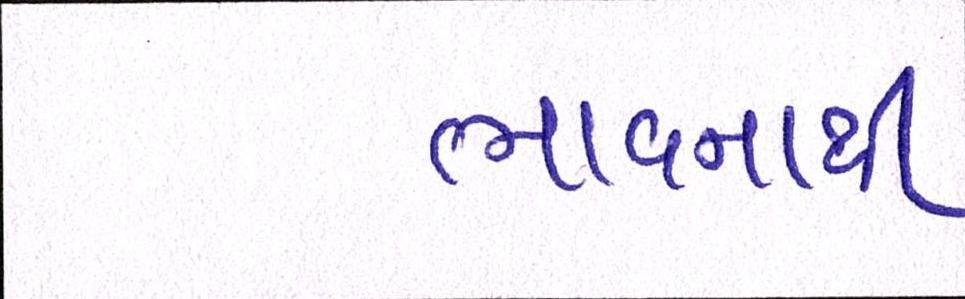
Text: ભાવનાથી